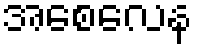
အစေလေန